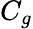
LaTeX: C_{g}